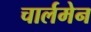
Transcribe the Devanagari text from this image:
चार्लमेन